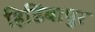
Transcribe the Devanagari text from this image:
हिडिंबापुर